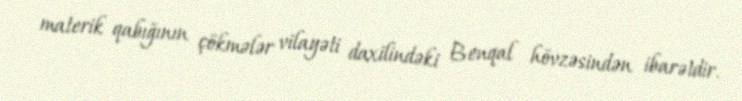
materik qabığının çökmələr vilayəti daxilindəki Benqal hövzəsindən ibarətdir.